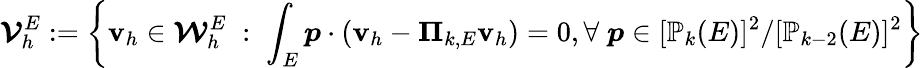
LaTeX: \boldsymbol{\mathcal{V}}_{h}^{E}:=\left\lbrace\textbf{v}_{h}\in\boldsymbol{\mathcal{W}}_{h}^{E}\; :\; \displaystyle{\int_{E}\boldsymbol{p}\cdot(\textbf{v}_{h}-\boldsymbol{\Pi}_{k,E}\textbf{v}_{h})=0,\forall\; \boldsymbol{p}\in[\mathbb{P}_{k}(E)]^{2}/[\mathbb{P}_{k-2}(E)]^{2}}\right\rbrace